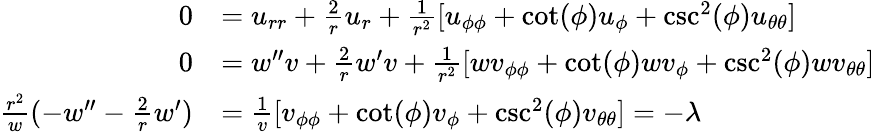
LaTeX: \begin{array}{rl}{0}&{=u_{rr}+\frac{2}{r}u_{r}+\frac{1}{r^{2}}[u_{\phi\phi}+\cot(\phi)u_{\phi}+\csc^{2}(\phi)u_{\theta\theta}]}\\ {0}&{=w^{\prime\prime}v+\frac{2}{r}w^{\prime}v+\frac{1}{r^{2}}[wv_{\phi\phi}+\cot(\phi)wv_{\phi}+\csc^{2}(\phi)wv_{\theta\theta}]}\\ {\frac{r^{2}}{w}(-w^{\prime\prime}-\frac{2}{r}w^{\prime})}&{=\frac{1}{v}[v_{\phi\phi}+\cot(\phi)v_{\phi}+\csc^{2}(\phi)v_{\theta\theta}]=-\lambda}\end{array}